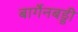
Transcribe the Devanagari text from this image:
बार्गेनबड्डी